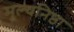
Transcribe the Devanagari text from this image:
मूल्यनिष्ठा